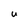
Character: U